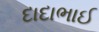
દાદાભાઈ